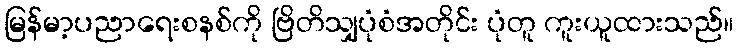
မြန်မာ့ပညာရေးစနစ်ကို ဗြိတိသျှပုံစံအတိုင်း ပုံတူ ကူးယူထားသည်။